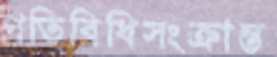
গতিবিধিসংক্রান্ত